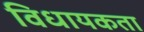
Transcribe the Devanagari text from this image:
विधायकता